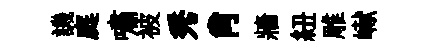
譏庭嘯被秀肖牆紐雕𪩘